Scottish Leaving Certificate Examination, 1959
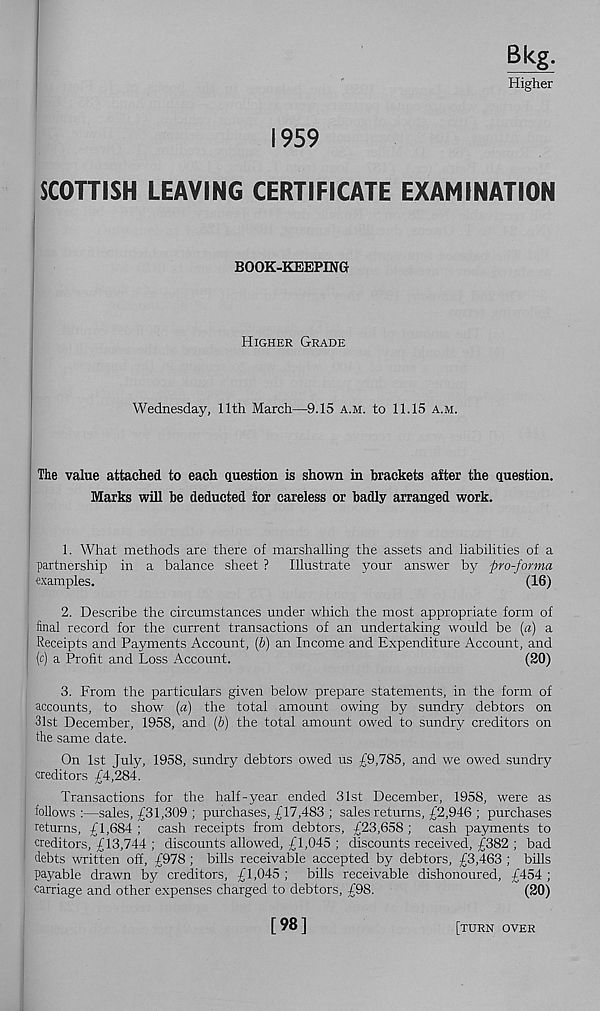
Bkg.
Higher
1959
SCOTTISH LEAVING CERTIFICATE EXAMINATION
BOOK-KEEPING
Higher Grade
Wednesday, 11th March—9.15 a.m. to 11.15 a.m.
The value attached to each question is shown in brackets after the question.
Marks will be deducted for careless or badly arranged work.
1. What methods are there of marshalling the assets and liabilities of a
partnership in a balance sheet ? Illustrate your answer by pro-forma
examples.
(16)
2. Describe the circumstances under which the most appropriate form of
final record for the current transactions of an undertaking would be (a) a
Receipts and Payments Account, {b) an Income and Expenditure Account, and
(c) a Profit and Loss Account.
(20)
3. From the particulars given below prepare statements, in the form of
accounts, to show (a) the total amount owing by sundry debtors on
31st December, 1958, and (&) the total amount owed to sundry creditors on
the same date.
On 1st July, 1958, sundry debtors owed us £9,785, and we owed sundry
creditors £4,284.
Transactions for the half-year ended 31st December, 1958, were as
follows:—sales, £31,309 ; purchases, £17,483 ; sales returns, £2,946 ; purchases
returns, £1,684; cash receipts from debtors, £23,658; cash payments to
creditors, £13,744 ; discounts allowed, £1,045 ; discounts received, £382 ; bad
debts written off, £978; bills receivable accepted by debtors, £3,463 ; bills
payable drawn by creditors, £1,045 ; bills receivable dishonoured, £454 ;
carriage and other expenses charged to debtors, £98.
(20)
[98]
[turn over